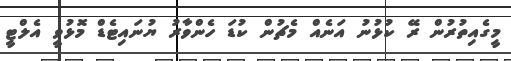
މީގެއިތުރުން ރޭ ކުޅުނު އަނެއް މެޗުން ކުޑަ ހެންވާރު ޔުނައިޓެޑް މޮޅުވީ އެލްޓީ